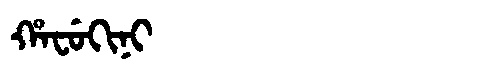
Manchu: ᡥᠠᠸᡠᡴᡳᠨᡳ
Romanization: HAFUKINI